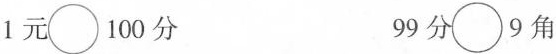
$$1元\bigcirc 100分$$ $$99分\bigcirc 9角$$